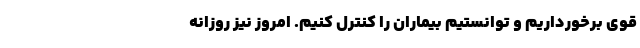
قوی برخورداریم و توانستیم بیماران را کنترل کنیم. امروز نیز روزانه